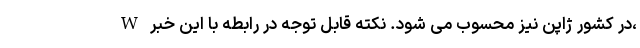
W در کشور ژاپن نیز محسوب می شود. نکته قابل توجه در رابطه با این خبر،